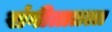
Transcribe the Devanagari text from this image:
संगीतातला